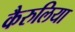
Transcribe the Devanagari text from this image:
कैरुलिया